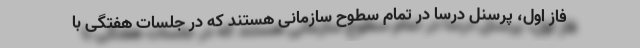
فاز اول، پرسنل درسا در تمام سطوح سازمانی هستند که در جلسات هفتگی با